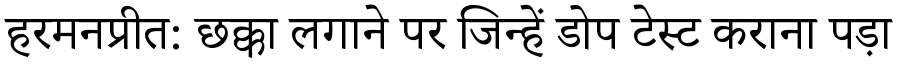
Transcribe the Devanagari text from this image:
हरमनप्रीत: छक्का लगाने पर जिन्हें डोप टेस्ट कराना पड़ा